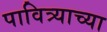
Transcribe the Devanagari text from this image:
पावित्र्याच्या